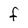
Character: F